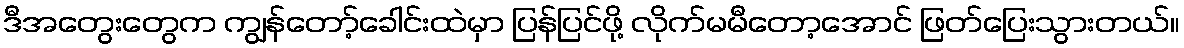
ဒီအတွေးတွေက ကျွန်တော့်ခေါင်းထဲမှာ ပြန်ပြင်ဖို့ လိုက်မမီတော့အောင် ဖြတ်ပြေးသွားတယ်။